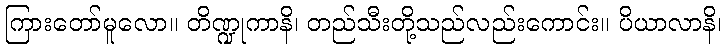
ကြားတော်မူလော။ တိဏ္ဍုကာနိ၊ တည်သီးတို့သည်လည်းကောင်း။ ပိယာလာနိ၊